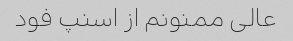
عالی ممنونم از اسنپ فود